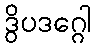
ဒွိပဒဂ္ဂေါ